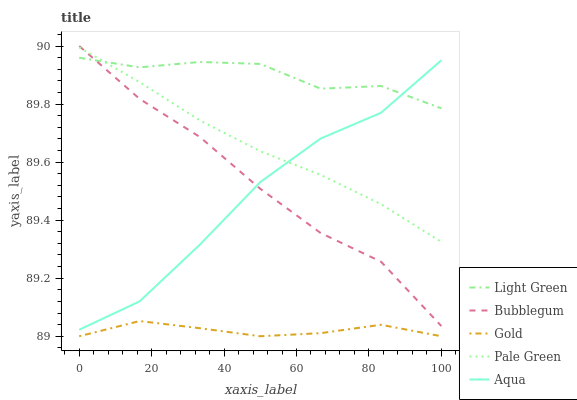
| xaxis_label | Light Green | Bubblegum | Gold | Pale Green | Aqua |
 | --- | --- | --- | --- | --- | --- |
 | 0 | 90 | 90 | 89 | 90 | 89 |
 | 16.7 | 89.9 | 89.8 | 89.1 | 89.9 | 89.1 |
 | 33.3 | 89.9 | 89.7 | 89 | 89.7 | 89.3 |
 | 50 | 89.9 | 89.5 | 89 | 89.6 | 89.5 |
 | 66.7 | 89.9 | 89.4 | 89 | 89.6 | 89.7 |
 | 83.3 | 89.9 | 89.3 | 89 | 89.5 | 89.8 |
 | 100 | 89.8 | 89 | 89 | 89.3 | 90 |